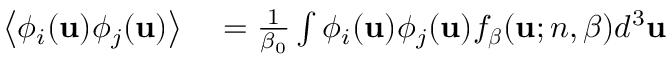
\begin{array} { r l } { \left< \phi _ { i } ( \mathbf { u } ) \phi _ { j } ( \mathbf { u } ) \right> } & { { } = \frac { 1 } { \beta _ { 0 } } \int \phi _ { i } ( \mathbf { u } ) \phi _ { j } ( \mathbf { u } ) f _ { \boldsymbol { \beta } } ( \mathbf { u } ; n , \boldsymbol { \beta } ) d ^ { 3 } \mathbf { u } } \end{array}